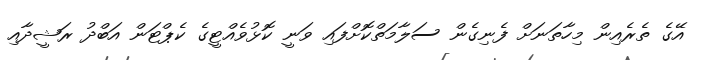
އޭގެ ތެރެއިން މިހާތަނަށް ފެނިގެން ސަލާމަތްކޮށްފައި ވަނީ ކޮޅުވެއްޓީގެ ކެޕްޓަން އަބްދު ރަޝީދާއި